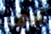
أنهم